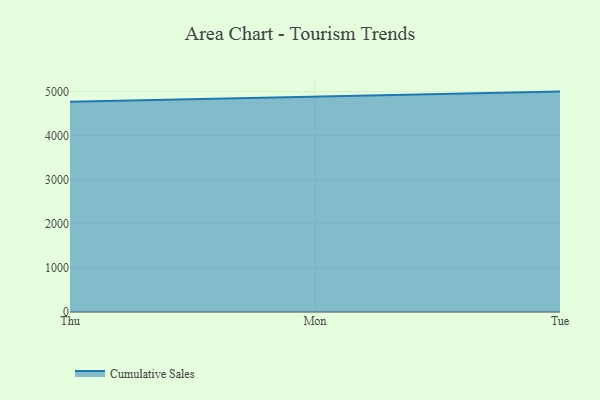
{"axis": {"x": "Day", "y": "Conversion Rate (%)"}, "legend": ["Cumulative Sales"], "data": [{"x": "Thu", "y": 4768.3, "type": "Cumulative Sales"}, {"x": "Mon", "y": 4875.8, "type": "Cumulative Sales"}, {"x": "Tue", "y": 5000, "type": "Cumulative Sales"}]}